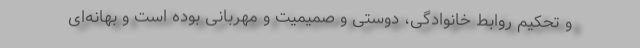
و تحکیم روابط خانوادگی، دوستی و صمیمیت و مهربانی بوده است و بهانه‌ای